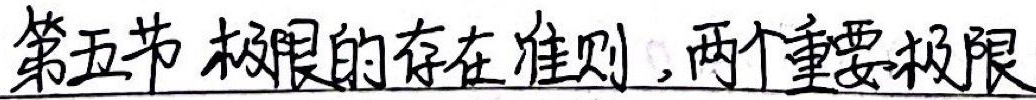
第五节 极限的存在准则，两个重要极限